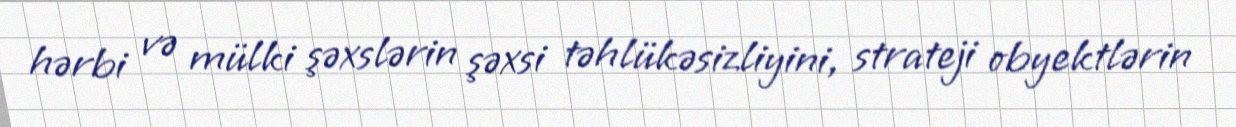
hərbi və mülki şəxslərin şəxsi təhlükəsizliyini, strateji obyektlərin